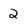
Character: 2